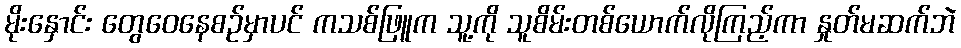
မိုးနှောင်း တွေဝေနေစဉ်မှာပင် ကသစ်ဖြူက သူ့ကို သူစိမ်းတစ်ယောက်လိုကြည့်ကာ နှုတ်မဆက်ဘဲ